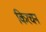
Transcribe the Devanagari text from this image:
किरचन